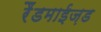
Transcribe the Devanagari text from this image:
रैंडमाईज़ड